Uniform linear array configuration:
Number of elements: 48
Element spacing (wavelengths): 1
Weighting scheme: hann
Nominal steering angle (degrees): -60
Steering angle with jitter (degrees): -61.668
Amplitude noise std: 0.05
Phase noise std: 0.05

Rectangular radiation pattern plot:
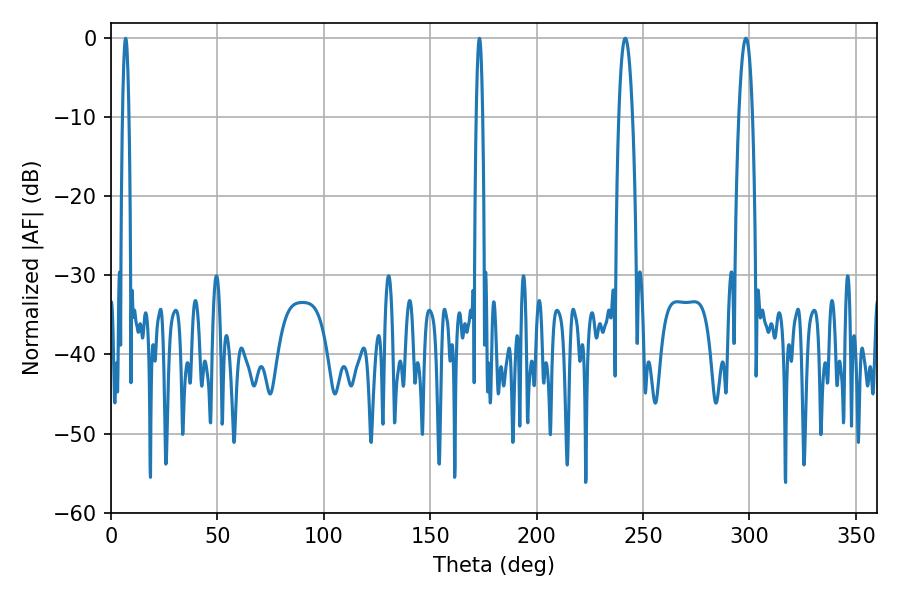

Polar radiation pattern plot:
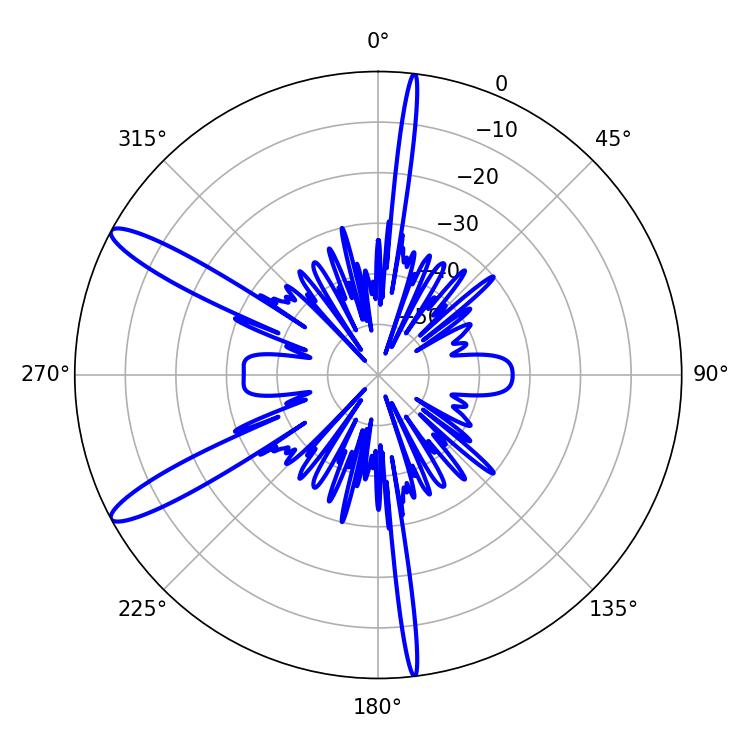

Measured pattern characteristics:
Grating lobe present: TRUE
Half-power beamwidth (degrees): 3.6
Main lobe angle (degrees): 298.26